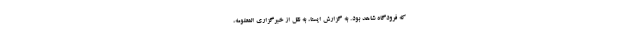
که فرودگاه شاهد بود. به گزارش ایسنا، به نقل از خبرگزاری المعلومه،